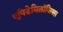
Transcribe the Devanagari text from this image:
एपिडेमिलॉजिक्स